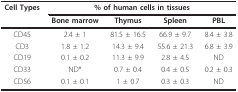
| Cell Types | <COLSPAN=4> % of human cells in tissues |
 |  | Bone marrow | Thymus | Spleen | PBL |
 | --- | --- | --- | --- | --- |
 | CD45 | 2.4 ± 1 | 81.5 ± 16.5 | 66.9 ± 9.7 | 8.4 ± 3.8 |
 | CD3 | 1.8 ± 1.2 | 14.3 ± 9.4 | 55.6 ± 21.3 | 6.8 ± 3.9 |
 | CD19 | 0.1 ± 0.2 | 11.3 ± 9.9 | 2.8 ± 4.5 | ND |
 | CD33 | ND* | 0.7 ± 0.4 | 0.4 ± 0.5 | 0.2 ± 0.3 |
 | CD56 | 0.1 ± 0.1 | 1 ± 0.7 | 0.3 ± 0.3 | ND |